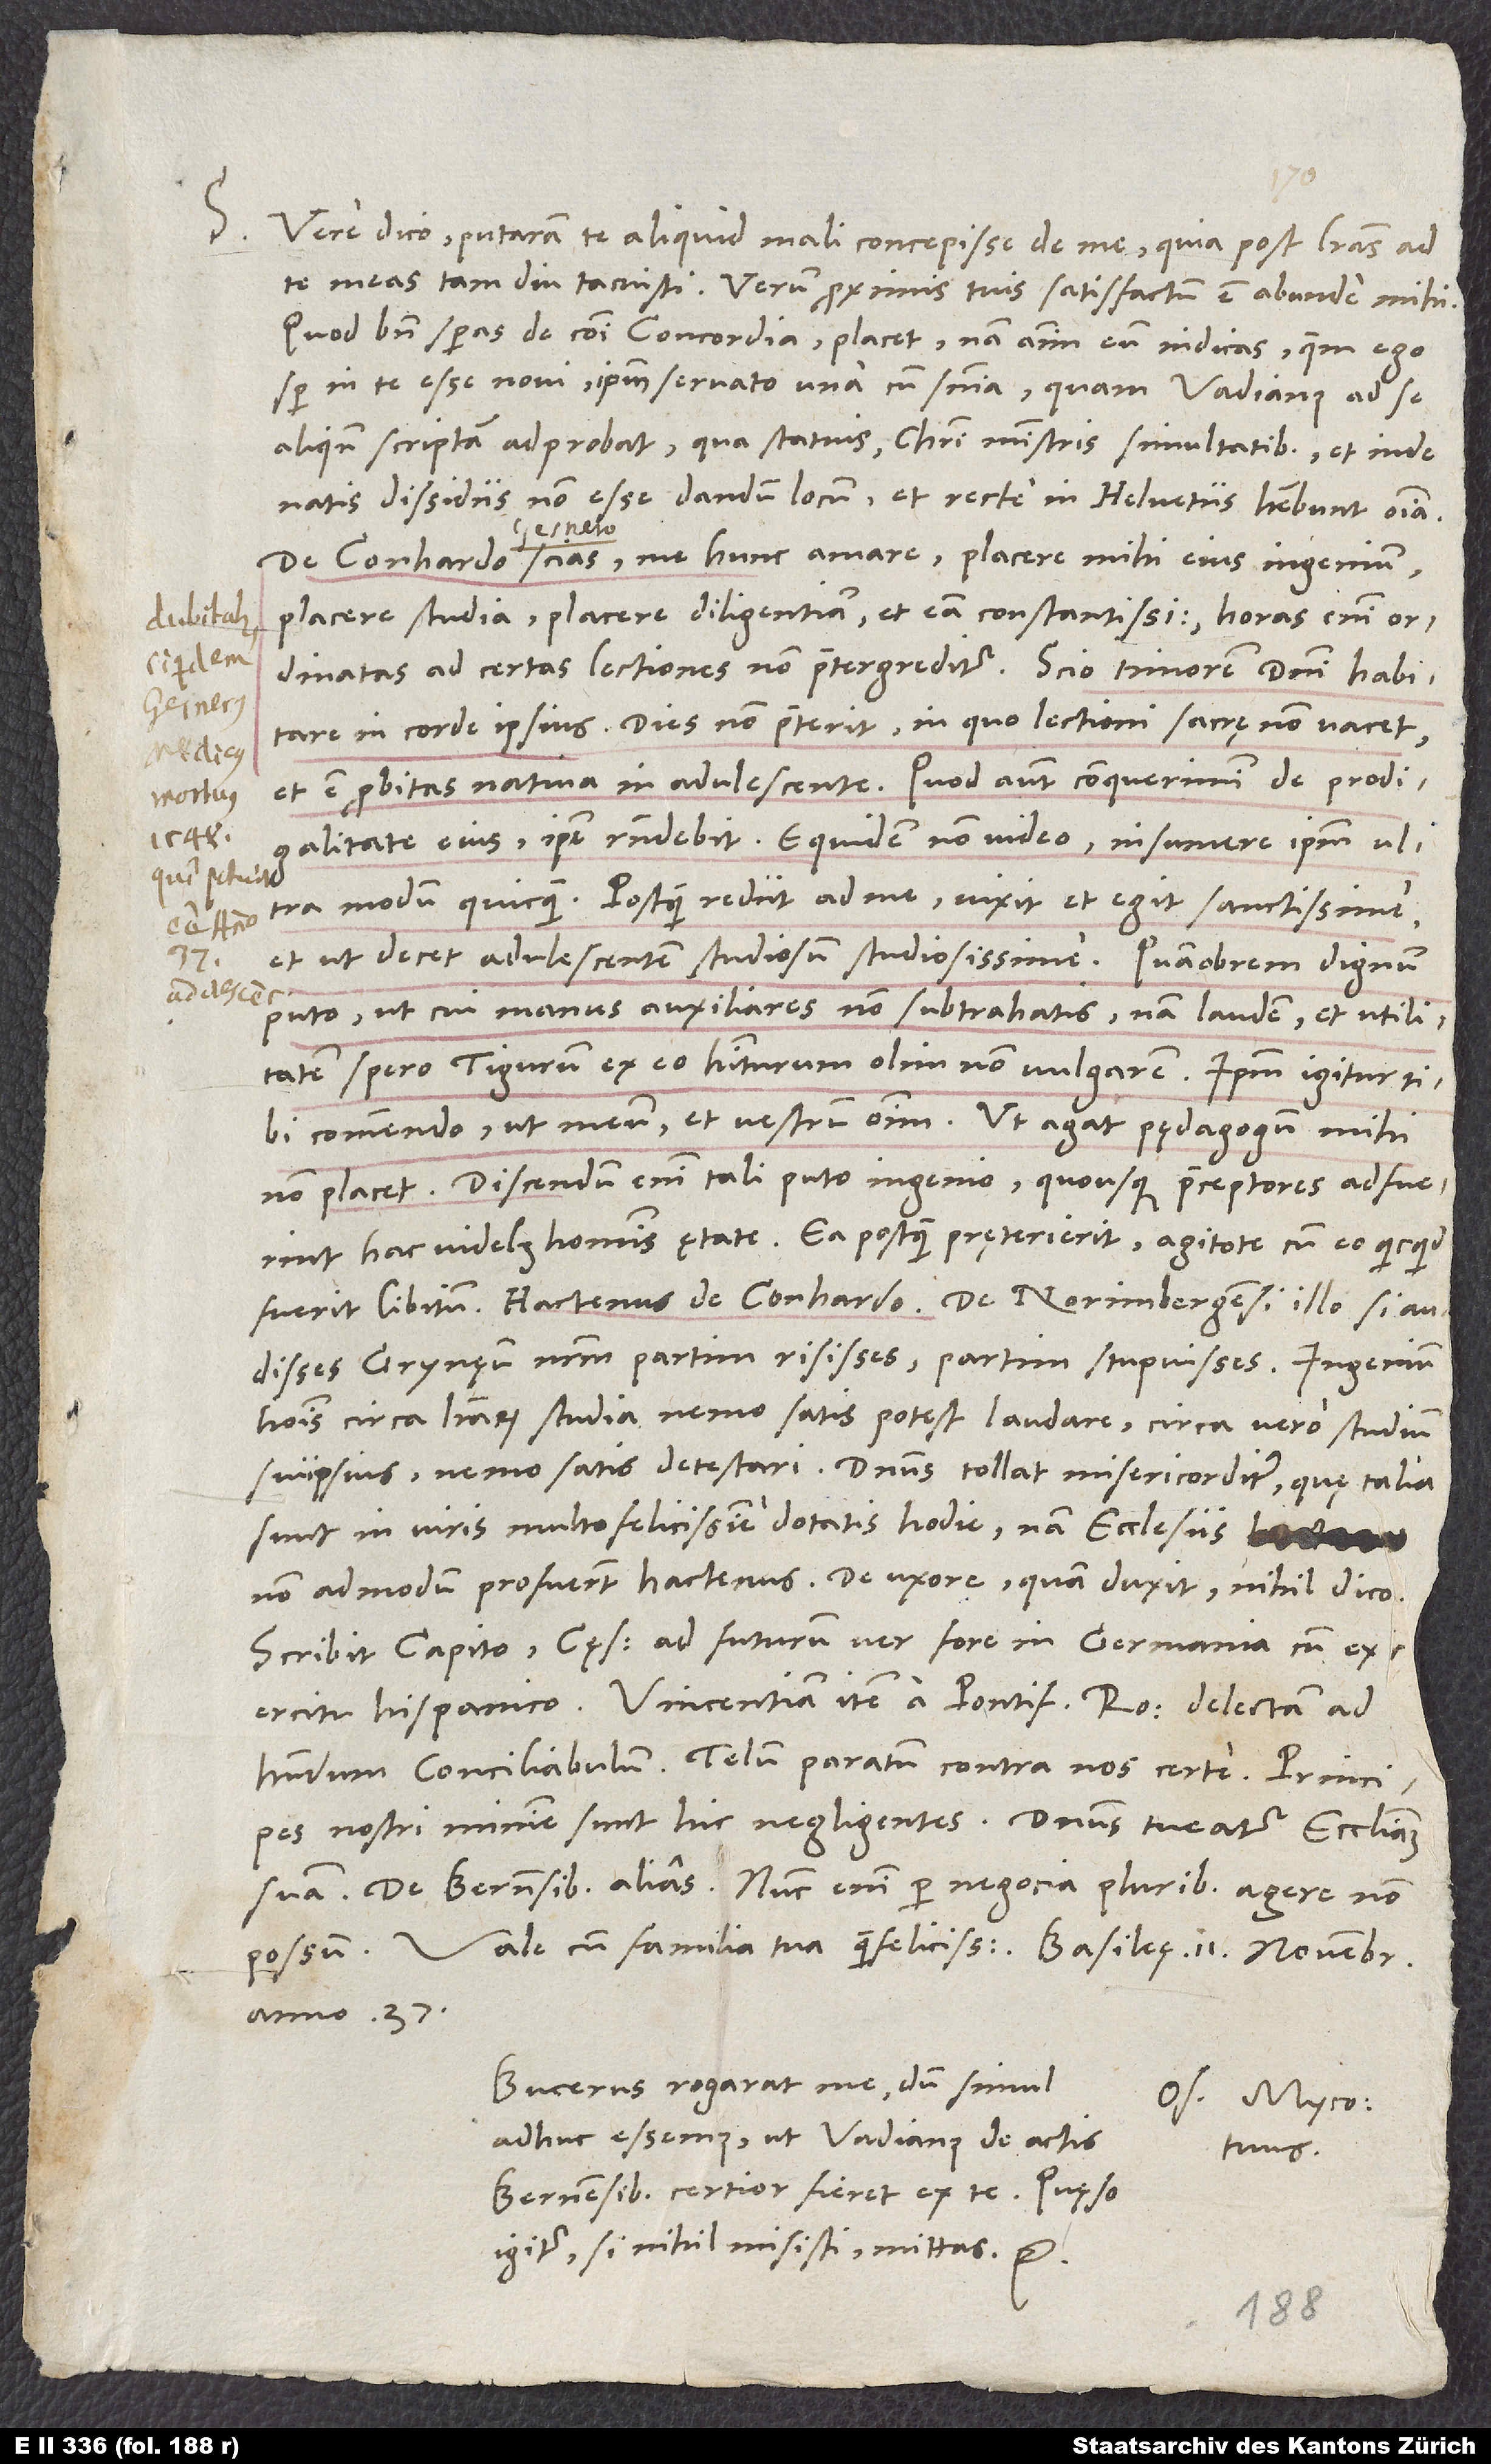
S. Vere dico, putaram te aliquid mali concepisse de me, quia post literas ad
te meas tam diu tacuisti. Verum proximis tuis satisfactum est abunde mihi.
Quod bene speras de communi concordia, placet; nam animum eum indicas, quem ego
semper in te esse novi. Ipsum servato una cum sententia, quam Vadianus ad se
aliquando scriptam adprobat, qua statuis Christi ministris simultatibus et inde
natis dissidiis non esse dandum locum, et recte in Helvetiis habebunt omnia.
De Conhardo scias me hunc amare, placere mihi eius ingenium,
placere studia, placere diligentiam et eam constantissimam; horas enim
ordinatas ad certas lectiones non praetergreditur. Scio timorem domini habitare
Heinricho
in corde ipsius. Dies non praeterit, in quo lectioni sacrę non vacet,
et est probitas nativa in adulescente. Quod autem conquerimini de prodigalitate
eius, ipse respondebit. Equidem non video insumere ipsum ultra
et, ut decet adulescentem studiosum, studiosissime. Quamobrem dignum
puto, ut cui manus auxiliares non subtrahatis; nam laudem et utilitatem
spero Tigurum ex eo habiturum olim non vulgarem. Ipsum igitur tibi
commendo ut meum et vestrum omnium. Ut agat pędagogum, mihi
non placet; discendum enim tali puto ingenio, quousque praeceptores adfuerint
hac videlicet hominis ętate. Ea postquam pręterierit, agitote cum eo, quicquid
audisses Grynęum nostrum, partim risisses, partim stupuisses. Ingenium
hominis circa literarum studia nemo satis potest laudare, circa vero studium
suiipsius nemo satis detestari. Dominus tollat misericorditer, quę talia
sunt in viris multo felicissime dotatis hodie; nam ecclesiis
non admodum profuerunt hactenus. De uxore, quam duxit, nihil dico.
Scribit Capito caesarem ad futurum ver fore in Germania cum
exercitu Hispanico, Vincentiam item a pontifice Romano delectam ad
habendum conciliabulum. Telum paratum contra nos certe. Principes
nostri minime sunt hic negligentes. Dominus tueatur ecclesiam
De Bernensibus alias. Nunc enim per negocia pluribus agere non
anno 37.
Bucerus rogarat me, dum simul
Os. Myco.
adhuc essemus, ut Vadianus de actis
tuus.
Bernensibus certior fieret ex te. Quaeso
igitur, si nihil misisti, mittas etc.